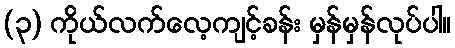
(၃) ကိုယ်လက်လေ့ကျင့်ခန်း မှန်မှန်လုပ်ပါ။